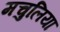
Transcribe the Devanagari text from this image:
मचुलिया